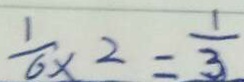
\frac { 1 } { 6 } \times 2 = \frac { 1 } { 3 }